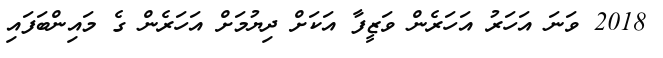
2018 ވަނަ އަހަރު އަހަރެން ވަޒީފާ އަކަށް ދިޔުމަށް އަހަރެން ގެ މައިންބަފައި